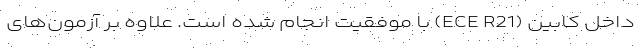
داخل کابین (ECE R21) با موفقیت انجام شده است. علاوه بر آزمون‌های